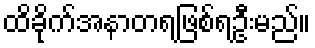
ထိခိုက်အနာတရဖြစ်ရဦးမည်။